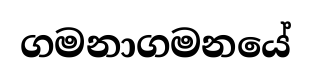
ගමනාගමනයේ